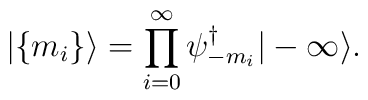
| \{ m_i \} \rangle = \prod_{i=0}^{\infty} \psi^{\dagger}_{-m_i} | - \infty \rangle.